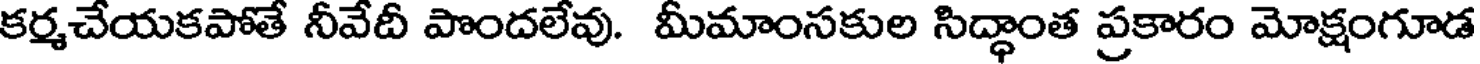
కర్మచేయకపోతే నీవేదీ పొందలేవు. మీమాంసకుల సిద్ధాంత ప్రకారం మోక్షంగూడ